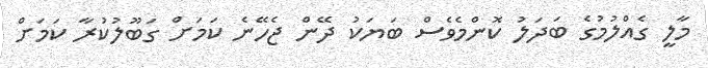
މާލީ ގެއްލުމުގެ ބަދަލު ކޮންމެވެސް ބަޔަކު ދޭން ޖެހޭނެ ކަމަށް ގަބޫލުކުރާ ކަމަށް